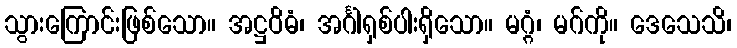
သွားကြောင်းဖြစ်သော။ အဋ္ဌဝိဓံ၊ အင်္ဂါရှစ်ပါးရှိသော။ မဂ္ဂံ၊ မဂ်ကို။ ဒေသေသိ၊